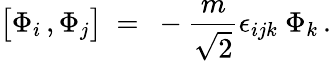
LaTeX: \big[\Phi_{i}\, ,\Phi_{j}\big]~=~-{\frac{m}{\sqrt{2}}}\epsilon_{ijk}~\Phi_{k}\, .